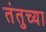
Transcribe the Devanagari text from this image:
तंतुच्या